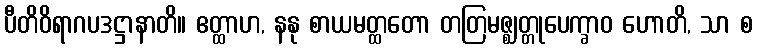
ပီတိဝိရာဂပဒဋ္ဌာနာတိ။ ဧတ္ထာဟ, နနု စာယမတ္ထတော တတြမဇ္ဈတ္တုပေက္ခာဝ ဟောတိ, သာ စ